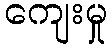
ကျေးမှု